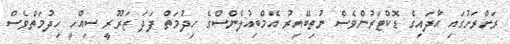
ރަށްރަށުގައި އާދައިގެ ޑޮކްޓަރުންވެސް ނުތިބޭއިރު އެމްބިއުލެންސްގެ ހިދުމަތް ފަދަ ޒަރޫރީ ސިއްހީ ހިދުމަތްވެސް